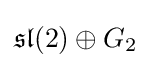
{\mathfrak {sl}}(2)\oplus G_{2}